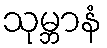
သုမ္ဘာနံ